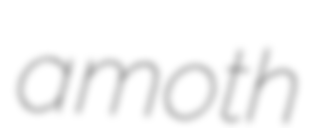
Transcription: a moth